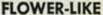
FLOWER-LIKE